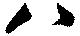
八